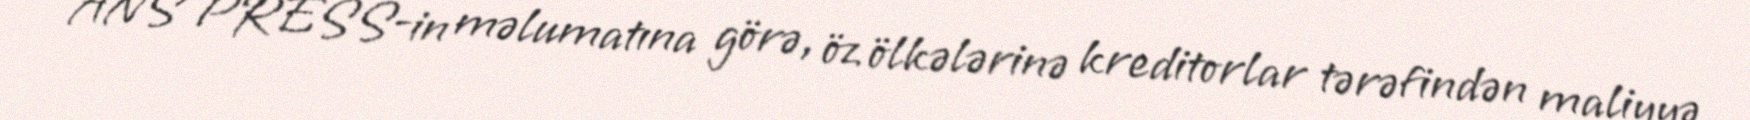
ANS PRESS-in məlumatına görə, öz ölkələrinə kreditorlar tərəfindən maliyyə